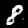
Label: 8